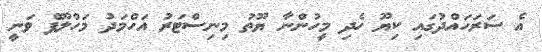
އެ ސަރަހައްދުގައި ކިޔޫ ހެދި މީހުންނާ ޔޫތު މިނިސްޓަރު އަހްމަދު މަހްލޫފް ވަނީ